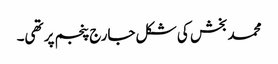
محمد بخش کی شکل جارج پنجم پر تھی۔